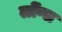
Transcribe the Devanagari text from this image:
लोंग्स